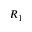
R _ { 1 }